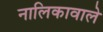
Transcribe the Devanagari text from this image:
नालिकावाले